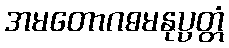
အမတောဂဓမနုပ္ပတ္တံ